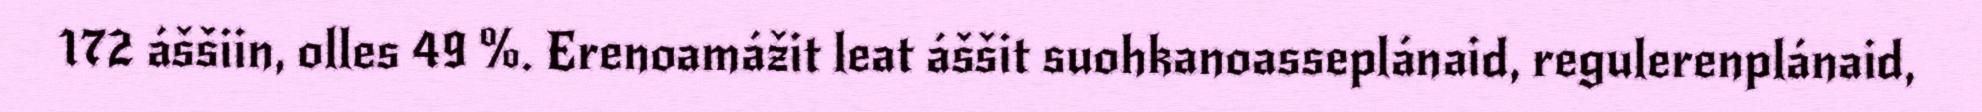
172 áššiin, olles 49 %. Erenoamážit leat áššit suohkanoasseplánaid, regulerenplánaid,